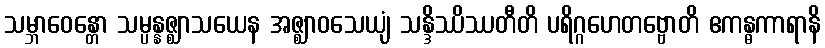
သမ္ဘာဝေန္တော သမ္ပန္နဇ္ဈာသယေန အဇ္ဈာဝသေယျံ သန္ဒိဿိဿတီတိ ပရိဂ္ဂဟေတဗ္ဗောတိ ဧကန္ဓကာရာနိ